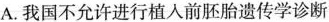
A.我国不允许进行植入前胚胎遗传学诊断